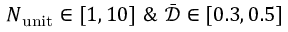
N _ { \mathrm { u n i t } } \in [ 1 , 1 0 ] \ \& \ \bar { \mathcal { D } } \in [ 0 . 3 , 0 . 5 ]